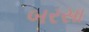
બરસા